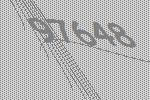
97648